Medical and sanitary report on the native army of Bombay for the year
Year: 1878
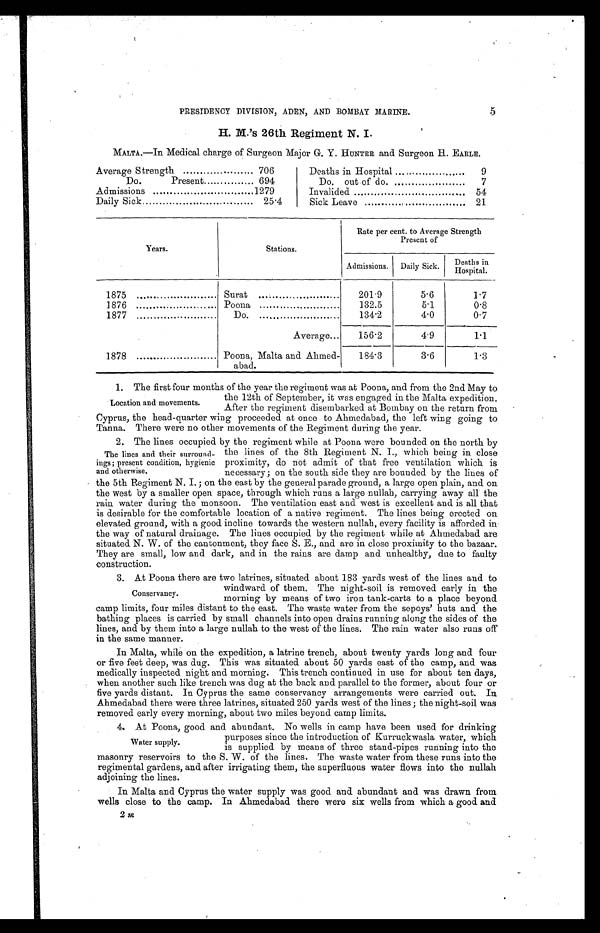
PRESIDENCY DIVISION, ADEN, AND BOMBAY MARINE.
5
H. M.'s 26th Regiment N. I.
MALTA.—In Medical charge of Surgeon Major G. Y. HUNTER and Surgeon H. EARLE.
Average Strength
706
Deaths in Hospital ...
9
Do.
Present
694
Do. out of do. ...
7
Admissions
1279
Invalided
... 54
Daily Sick
25.4
Sick Leave
21
Years.
Stations.
Rate per cent. to Average Strength
Present of
Admissions.
Daily Sick.
Deaths in
Hospital.
1875
Surat
201.9
5.6
1.7
1876
Poona
132.5
5.1
0.8
1877
Do.
134.2
4.0
0.7
1878
Average...
156 . 2
4.9
1.1
Poona, Malta and Ahmed-
abad.
184 . 3
3.6
1.3
1. The first four months of the year the regiment was at Poona, and from the 2nd May to
the 12th of September, it was engaged in the Malta expedition.
After the regiment disembarked at Bombay on the return from
Cyprus, the head-quarter wing proceeded at once to Ahmedabad, the left wing going to
Tanna. There were no other movements of the Regiment during the year.
2. The lines occupied by the regiment while at Poona were bounded on the north by
Location and movements.
The lines and their surround-
ings; present condition, hygienic
and otherwise.
the lines of the 8th Regiment N. I., which being in close
proximity, do not admit of that free ventilation which is
ne c e s s a r y ; on t he s out h s i de t he y a r e b o u n d e d b y t h e l i n e s o f
the 5th Regiment N. I. ; on the east by the general parade ground, a large open plain, and on
the west by a smaller open space, through which runs a large nullah, carrying away all the
rain water during the monsoon. The ventilation east and west is excellent and is all that
is desirable for the comfortable location of a native regiment. The lines being erected on
elevated ground, with a good incline towards the western nullah, every facility is afforded in
the way of natural drainage. The lines occupied by the regiment while at Ahmedabad are
situated N. W. of the cantonment, they face S. E., and are in close proximity to the bazaar.
They are small, low and dark, and in the rains are damp and unhealthy, due to faulty
construction.
3. At Poona there are two latrines, situated about 183 yards west of the lines and to
Conservancy.
windward of them. The night-soil is removed early in the
morning by means of two iron tank-carts to a place beyond
camp limits, four miles distant to the east. The waste water from the sepoys' huts and the
bathing places is carried by small channels into open drains running along the sides of the
lines, and by them into a large nullah to the west of the lines. The rain water also runs off
in the same manner.
In Malta, while on the expedition, a latrine trench, about twenty yards long and four
or five feet deep, was dug. This was situated about 50 yards east of the camp, and was
medically inspected night and morning. This trench continued in use for about ten days,
when another such like trench was dug at the back and parallel to the former, about four or
five yards distant. In Cyprus the same conservancy arrangements were carried out. In
Ahmedabad there were three latrines, situated 250 yards west of the lines; the night-soil was
removed early every morning, about two miles beyond camp limits.
4. At Poona, good and abundant. No wells in camp have been used for drinking
Water supply.
purposes since the introduction of Kurruckwasla water, which
is supplied by means of three stand-pipes running into the
masonry reservoirs to the S. W. of the lines. The waste water from these runs into the
regimental gardens, and after irrigating them, the superfluous water flows into the nullah
adjoining the lines.
In Malta and Cyprus the water supply was good and abundant and was drawn from
wells close to the camp. In Ahmedabad there were six wells from which a good and
2 m